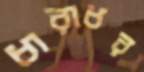
ধারাধর